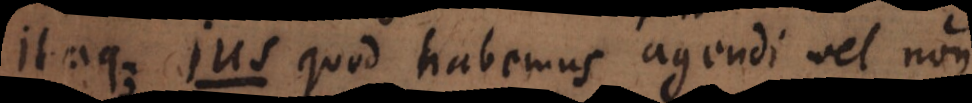
j u s quod habemus agendi aut non